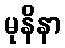
မုနိနာ